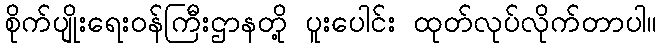
စိုက်ပျိုးရေးဝန်ကြီးဌာနတို့ ပူးပေါင်း ထုတ်လုပ်လိုက်တာပါ။